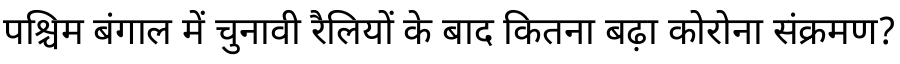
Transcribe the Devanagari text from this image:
पश्चिम बंगाल में चुनावी रैलियों के बाद कितना बढ़ा कोरोना संक्रमण?